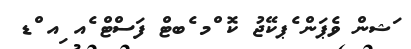
ަޝން ވެޕަން ެޕކޭޖު ކޮ ްމ ެބޓް ފަސްޓް ެއ ިއ ްޑ